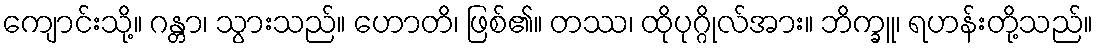
ကျောင်းသို့။ ဂန္တာ၊ သွားသည်။ ဟောတိ၊ ဖြစ်၏။ တဿ၊ ထိုပုဂ္ဂိုလ်အား။ ဘိက္ခူ၊ ရဟန်းတို့သည်။